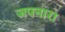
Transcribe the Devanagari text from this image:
जपनारा